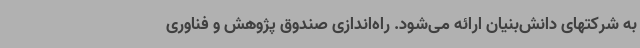
به شرکتهای دانش‌بنیان ارائه می‌شود. راه‌اندازی صندوق پژوهش و فناوری